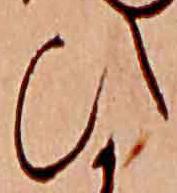
ひ